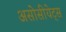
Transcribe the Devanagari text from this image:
असोसीयेट्स